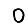
Digit: 0